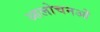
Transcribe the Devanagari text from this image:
आलोचनओं